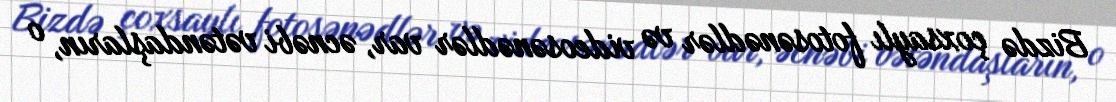
Bizdə çoxsaylı fotosənədlər və videosənədlər var, əcnəbi vətəndaşların, o